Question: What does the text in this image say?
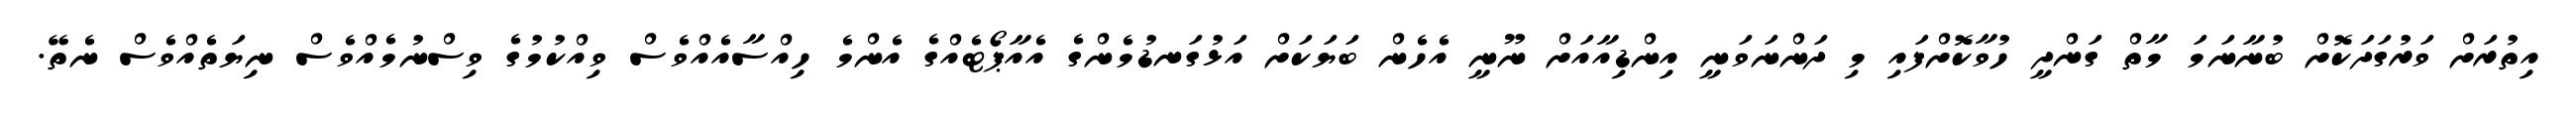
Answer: އިތުރަށް ވަރުގަދަކޮށް ބުނާނަމަ މާތް ގަންދީ ހުވާކޮށްފައި މި ދަންނަވަނީ އިންޑިއާއަށް ނޫނީ އެހެން ބަޔަކަށް އަޅުގަނޑުމެންގެ އެއާޕޯޓެއްގެ އެންމެ ހިއްސާއެއްވެސް ވިއްކުމުގެ ވިސްނުމެއްވެސް ނިޔަތެއްވެސް ނެތޭ.